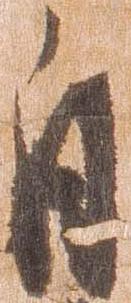
自